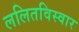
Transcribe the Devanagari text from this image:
ललितविस्वार